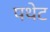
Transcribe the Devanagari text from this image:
पथेट